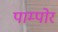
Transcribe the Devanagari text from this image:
पाम्पोर